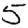
Digit: 5